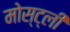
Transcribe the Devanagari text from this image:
मोस्ट्ली